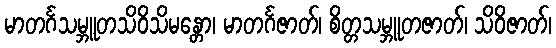
မာတင်္ဂသမ္ဘူတသိဝိသိမန္တော၊ မာတင်္ဂဇာတ်၊ စိတ္တသမ္ဘူတဇာတ်၊ သိဝိဇာတ်၊